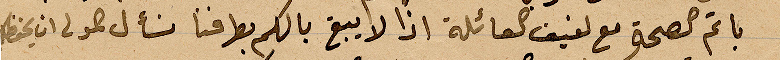
باتم الصحة مع لفيف العائلة اذ لا يبق بالكم بطرفنا نسألة الولى ان يحفظكم ويلاقينا معكم بالخير والسرور